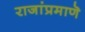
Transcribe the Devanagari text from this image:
राजांप्रमाणॆ